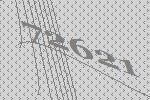
72621